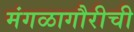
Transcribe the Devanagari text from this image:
मंगळागौरीची